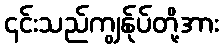
၎င်းသည်ကျွန်ုပ်တို့အား